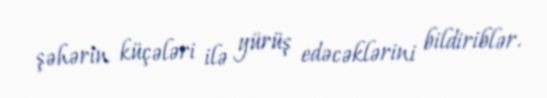
şəhərin küçələri ilə yürüş edəcəklərini bildiriblər.